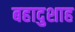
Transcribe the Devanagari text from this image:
बहादुशाह